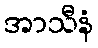
အာသီနံ